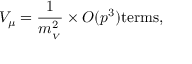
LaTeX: V _ { \mu } = \frac { 1 } { m _ { _ V } ^ { 2 } } \times O ( p ^ { 3 } ) \mathrm { t e r m s } ,